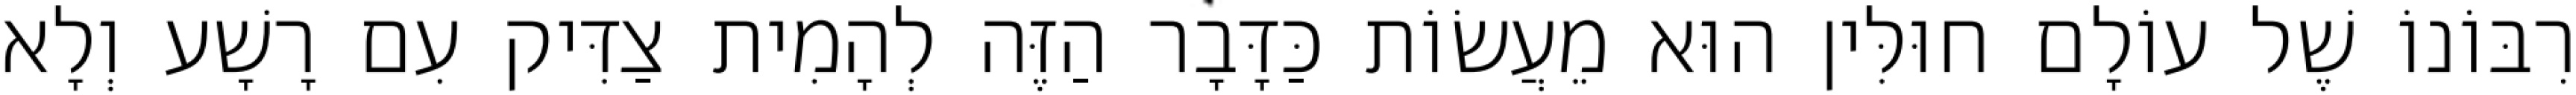
רִבּוֹנוֹ שֶׁל עוֹלָם חוּלִּין הוּא מֵעֲשׂוֹת כַּדָּבָר הַזֶּה לְהָמִית צַדִּיק עִם רָשָׁע וְלָא